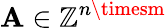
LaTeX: \mathbf{A}\in\mathbb{Z}^{n\timesm}